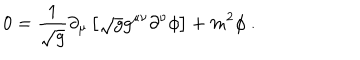
0 = { \frac { 1 } { \sqrt { g } } } \partial _ { \mu } \left[ \sqrt { g } g ^ { \mu \nu } \partial ^ { \nu } \phi \right] + m ^ { 2 } \phi \ .